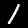
Label: 1